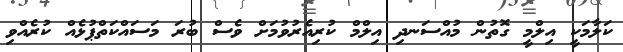
ކަލާމަކީ އިލްމީ ގޮތުން މުއްސަނދި އިލްމް ކުރިއެރުވުމަށް ވެސް ބުރަ މަސައްކަތްޕުޅެއް ކުރެއްވި